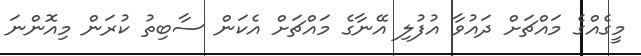
މީގެއްގެ މައްޗަށް ދައުވާ އުފުލި އޭނާގެ މައްޗަށް އެކަން ސާބިތު ކުރަން މިއޮންނަ